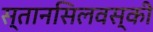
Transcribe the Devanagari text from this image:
स्तानसिलवस्की